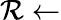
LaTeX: \mathcal{R}\leftarrow